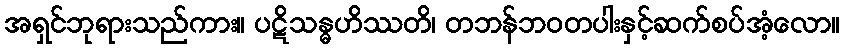
အရှင်ဘုရားသည်ကား။ ပဋိသန္ဓဟိဿတိ၊ တဘန်ဘဝတပါးနှင့်ဆက်စပ်အံ့လော။